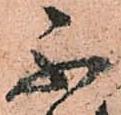
不